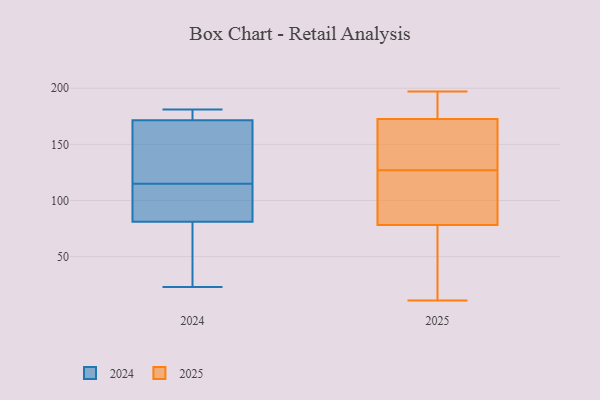
{"axis": {"x": "Net Income (USD K)", "y": "Value"}, "legend": ["2024", "2025"], "data": [{"x": "", "y": 91, "type": "2024"}, {"x": "", "y": 179, "type": "2024"}, {"x": "", "y": 23, "type": "2024"}, {"x": "", "y": 102, "type": "2024"}, {"x": "", "y": 175, "type": "2024"}, {"x": "", "y": 181, "type": "2024"}, {"x": "", "y": 61, "type": "2024"}, {"x": "", "y": 132, "type": "2024"}, {"x": "", "y": 171, "type": "2024"}, {"x": "", "y": 35, "type": "2024"}, {"x": "", "y": 79, "type": "2024"}, {"x": "", "y": 128, "type": "2024"}, {"x": "", "y": 168, "type": "2024"}, {"x": "", "y": 83, "type": "2024"}, {"x": "", "y": 172, "type": "2024"}, {"x": "", "y": 90, "type": "2024"}, {"x": "", "y": 189, "type": "2025"}, {"x": "", "y": 175, "type": "2025"}, {"x": "", "y": 11, "type": "2025"}, {"x": "", "y": 178, "type": "2025"}, {"x": "", "y": 63, "type": "2025"}, {"x": "", "y": 127, "type": "2025"}, {"x": "", "y": 12, "type": "2025"}, {"x": "", "y": 60, "type": "2025"}, {"x": "", "y": 126, "type": "2025"}, {"x": "", "y": 147, "type": "2025"}, {"x": "", "y": 74, "type": "2025"}, {"x": "", "y": 127, "type": "2025"}, {"x": "", "y": 99, "type": "2025"}, {"x": "", "y": 197, "type": "2025"}, {"x": "", "y": 165, "type": "2025"}, {"x": "", "y": 91, "type": "2025"}, {"x": "", "y": 120, "type": "2025"}, {"x": "", "y": 184, "type": "2025"}, {"x": "", "y": 138, "type": "2025"}]}